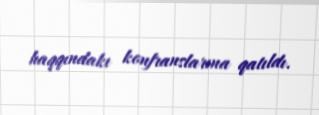
haqqındakı konfranslarına qatıldı.